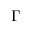
\Gamma